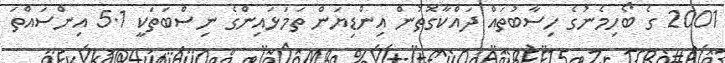
2001 ގެ ބޯހިމެނުގެ ހިސާބުތައް ދައްކާގޮތުން އިންޑިޔަން ތަމަޅައިންގެ ނިސްބަތަކީ 5.1 އިންސައްތަ